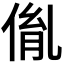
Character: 𠉥